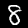
Label: 8